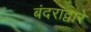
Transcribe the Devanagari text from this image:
बंदराद्वारे